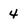
Character: 4